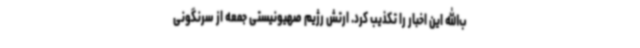
ب‌الله این اخبار را تکذیب کرد. ارتش رژیم صهیونیستی جمعه از سرنگونی